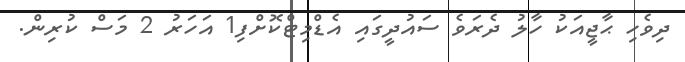
ދިވެހި ޙާޖީއަކު ހާލު ދެރަވެ ސައުދީގައި އެޑްމިޓްކޮށްފި1 އަހަރު 2 މަސް ކުރިން.